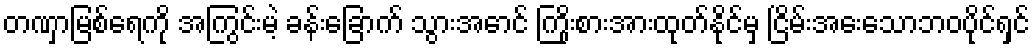
တဏှာမြစ်ရေကို အကြွင်းမဲ့ ခန်းခြောက် သွားအောင် ကြိုးစားအားထုတ်နိုင်မှ ငြိမ်းအေးသောဘဝပိုင်ရှင်